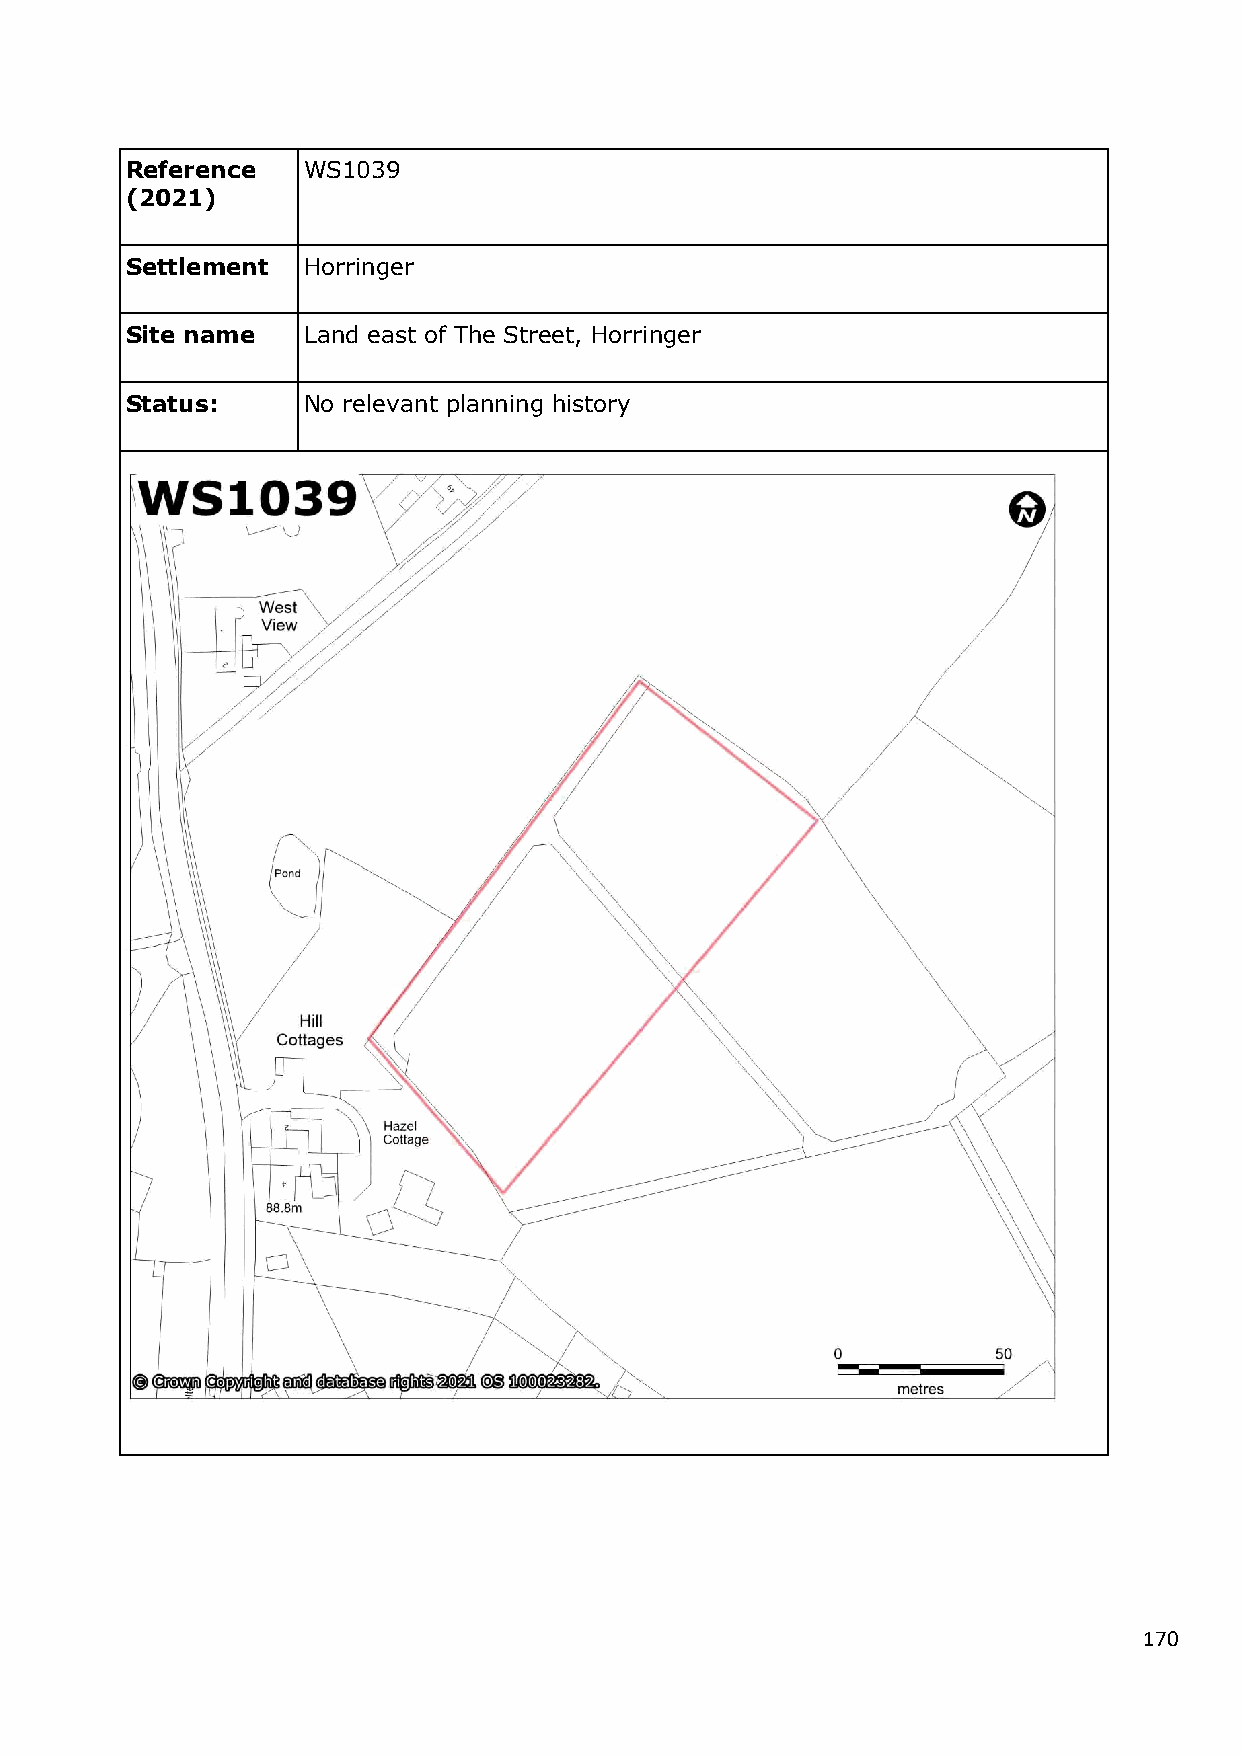
Reference   WS1039
 (2021)
 Settlement  Horringer
 Site name   Land east of The Street, Horringer
 Status:     No relevant planning history
 170